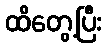
ထိတွေ့ပြီး